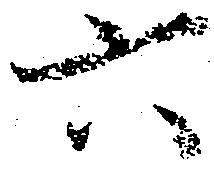
六